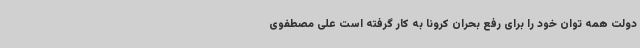
دولت همه توان خود را برای رفع بحران کرونا به کار گرفته است علی مصطفوی